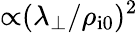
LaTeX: {\propto}(\lambda_{\perp}/\rho_{\mathrm{i0}})^{2}